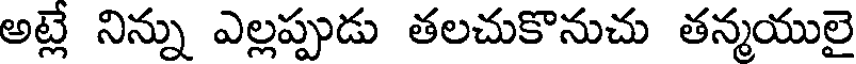
అట్లే నిన్ను ఎల్లప్పుడు తలచుకొనుచు తన్మయులై